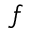
f